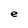
Character: e